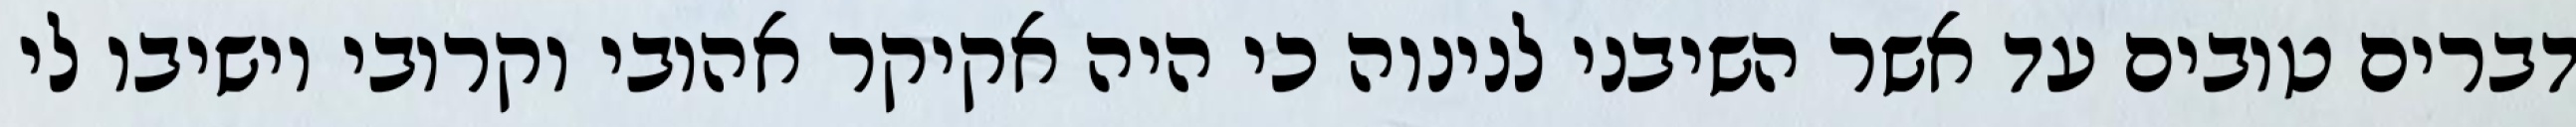
דברים טובים עד אשר השיבני לנינוה כי היה אקיקר אהובי וקרובי וישיבו לי